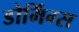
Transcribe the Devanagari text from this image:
डोमिंग्स